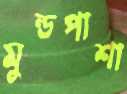
মুন্ডপাশা